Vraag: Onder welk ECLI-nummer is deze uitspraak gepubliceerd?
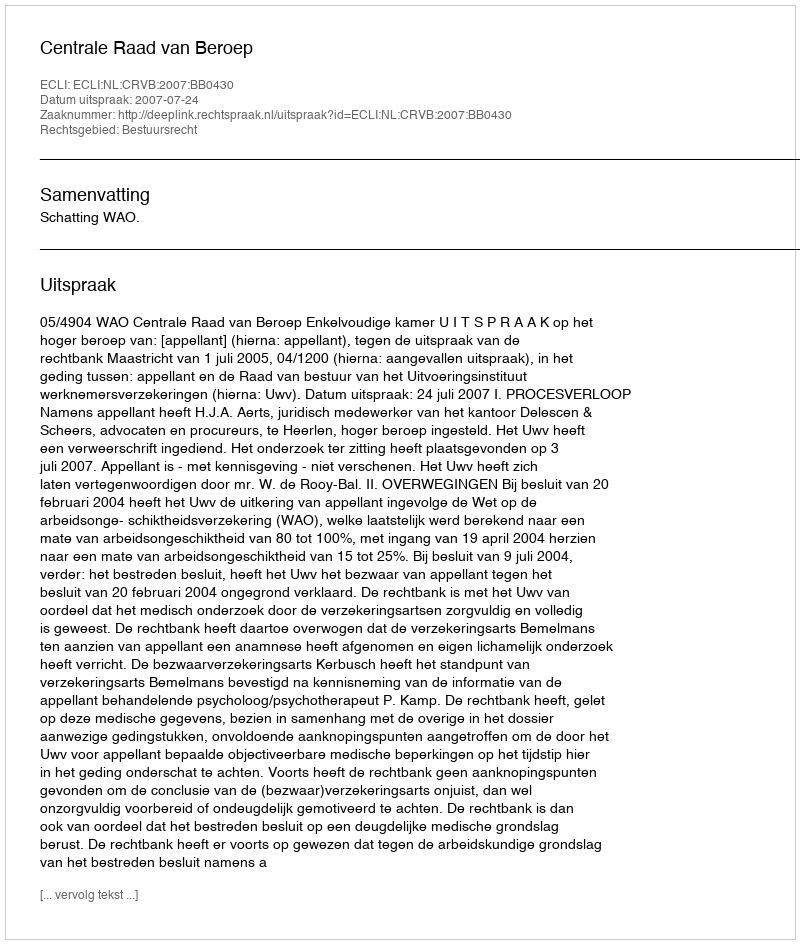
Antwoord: ECLI:NL:CRVB:2007:BB0430